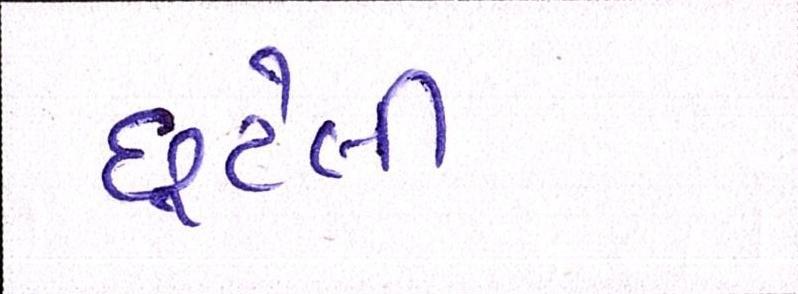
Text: છુટેલી